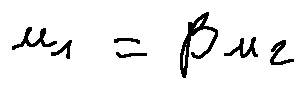
u _ { 1 } = \beta u _ { 2 }